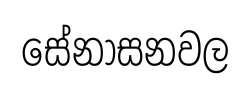
සේනාසනවල